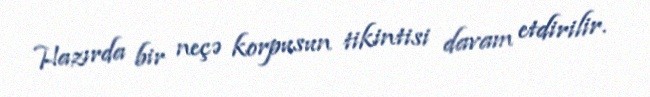
Hazırda bir neçə korpusun tikintisi davam etdirilir.